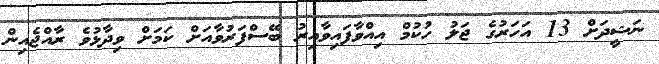
ނަޝީދަށް 13 އަހަރުގެ ޖަލު ހުކުމް އިއްވާފައިވާއިރު ބޭސްފަރުވާއަށް ކަމަށް ވިދާޅުވެ ރާއްޖެއިން